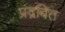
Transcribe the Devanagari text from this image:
प्रद्रवित